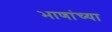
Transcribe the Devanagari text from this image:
भाणांच्या